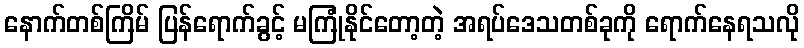
နောက်တစ်ကြိမ် ပြန်ရောက်ခွင့် မကြုံနိုင်တော့တဲ့ အရပ်ဒေသတစ်ခုကို ရောက်နေရသလို